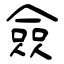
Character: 僉